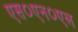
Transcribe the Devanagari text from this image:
एस०एन०एल